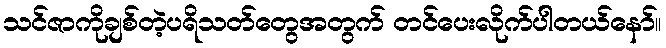
သင်ဇာကိုချစ်တဲ့ပရိသတ်တွေအတွက် တင်ပေးလိုက်ပါတယ်နော်။